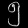
Digit: ၅